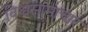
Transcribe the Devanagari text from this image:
विश्वसामाचार